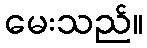
မေးသည်။